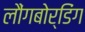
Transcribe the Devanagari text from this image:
लौंगबोर्डिंग